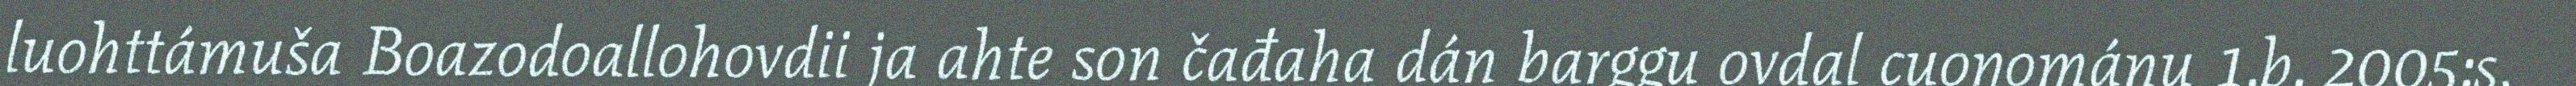
luohttámuša Boazodoallohovdii ja ahte son čađaha dán barggu ovdal cuoŋománu 1.b. 2005:s,